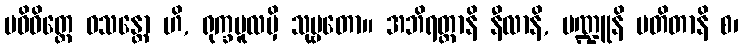
ပဝိဝိတ္တေ ဝသန္တော ဟိ, ရုက္ခမူလမှိ သုဗ္ဗတော။ အဘိရတ္တာနိ နီလာနိ, ပဏ္ဍူနိ ပတိတာနိ စ၊